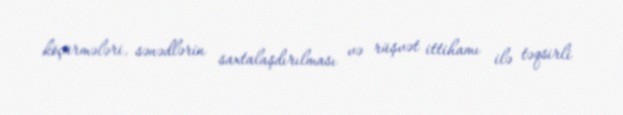
köçürmələri, sənədlərin saxtalaşdırılması və rüşvət ittihamı ilə təqsirli